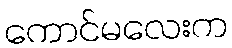
ကောင်မလေးက